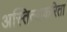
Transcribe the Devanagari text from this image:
अस्तित्वाकरिता